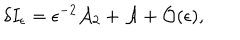
LaTeX: \delta I _ { \epsilon } = \epsilon ^ { - 2 } { \cal A } _ { 2 } + { \cal A } + { \cal O } ( \epsilon ) ,